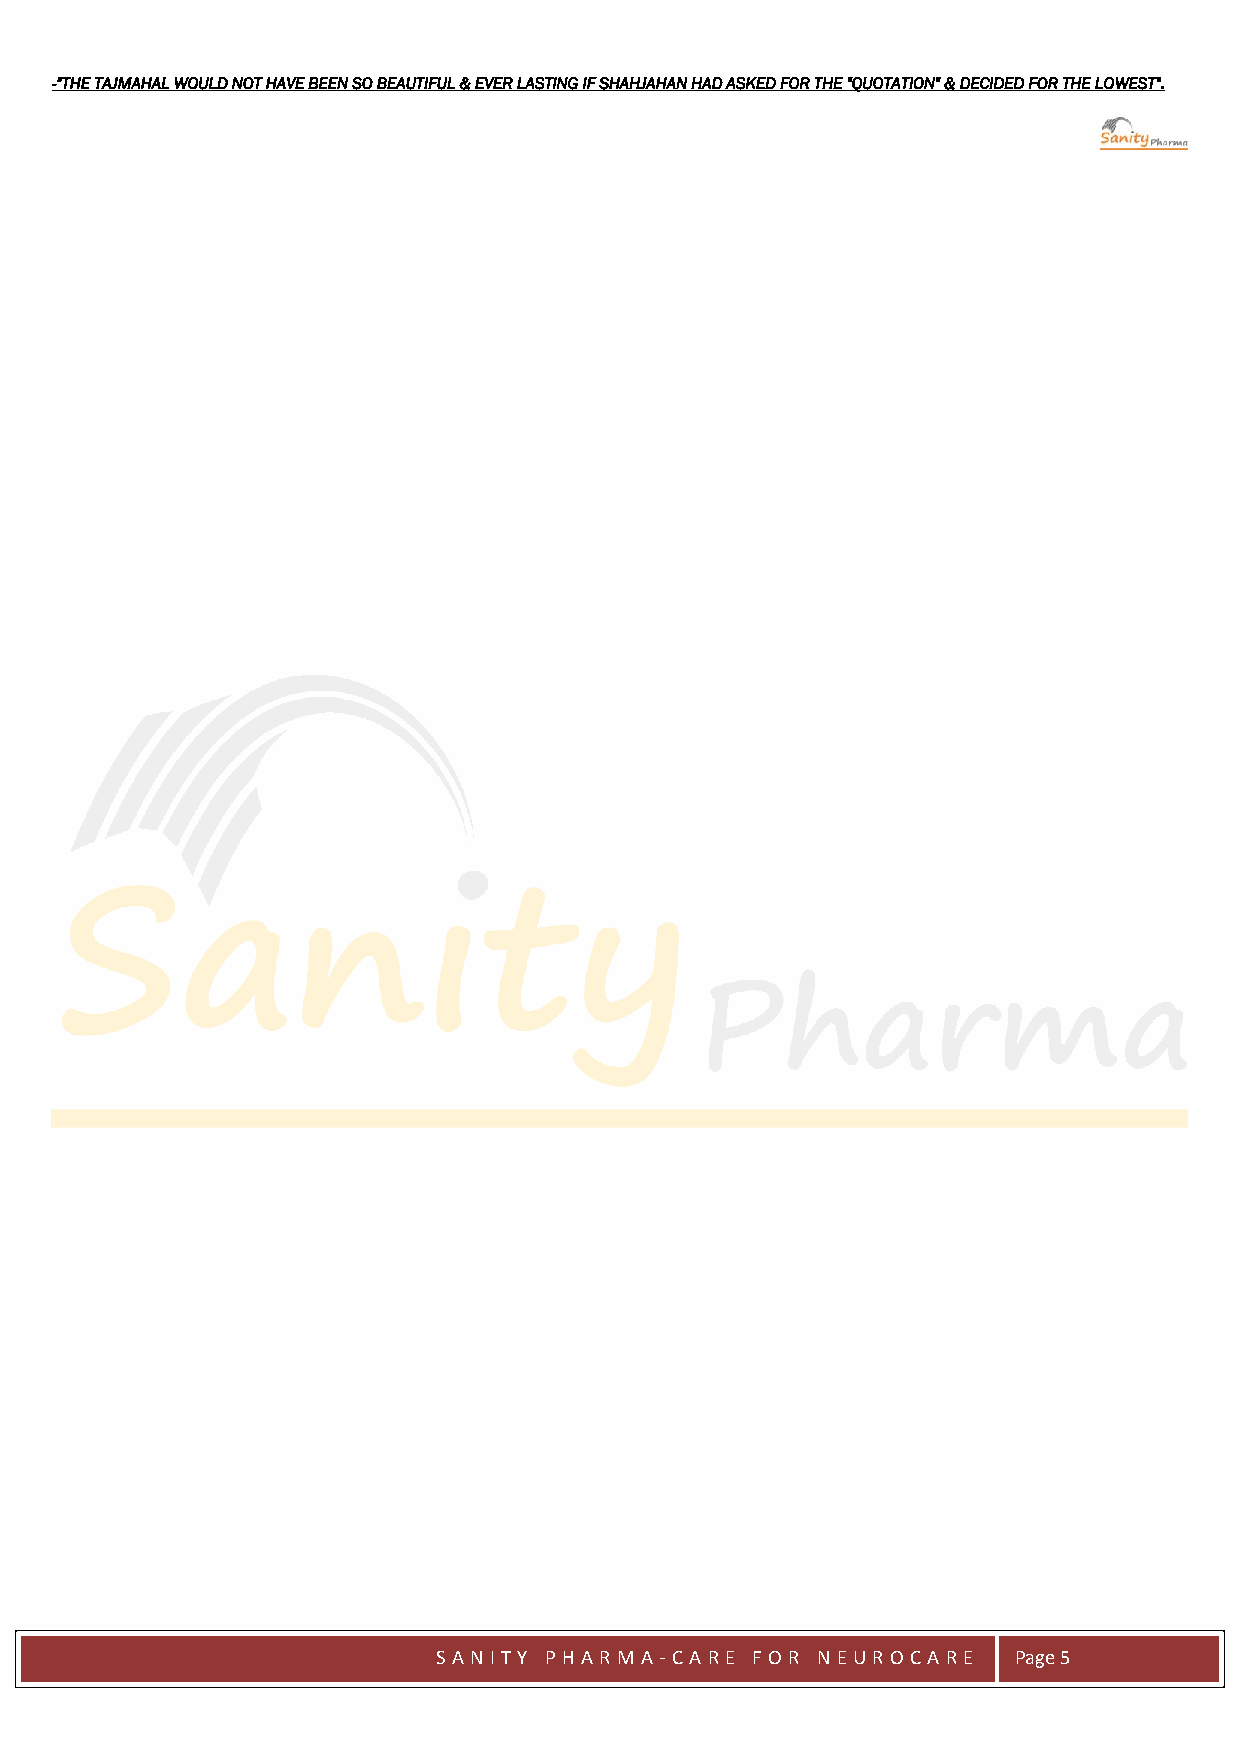
-"THE TAJMAHAL WOULD NOT HAVE BEEN SO BEAUTIFUL & EVER LASTING IF SHAHJAHAN HAD ASKED FOR THE "QUOTATION" & DECIDED FOR THE LOWEST".
 SAN IT Y PH ARMA -C ARE FOR N E UROC ARE Page 5